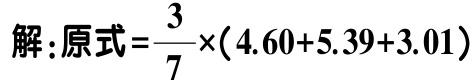
解：原式=\(\frac{3}{7}\times(4.60 + 5.39 + 3.01)\)